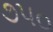
૭૫૦